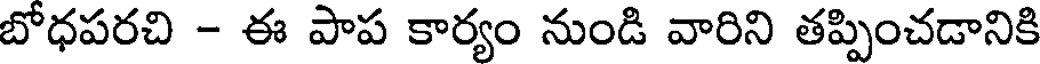
బోధపరచి - ఈ పాప కార్యం నుండి వారిని తప్పించడానికి